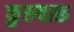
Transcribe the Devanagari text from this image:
कुरुवारू